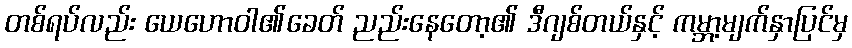
တစ်ရပ်လည်း ယေဟောဝါ၏ခေတ် ညည်းနေတော့၏ ဒီဂျစ်တယ်နှင့် ကမ္ဘာ့မျက်နှာပြင်မှ